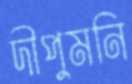
দীপুমনি